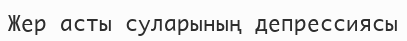
Жер асты суларының депрессиясы